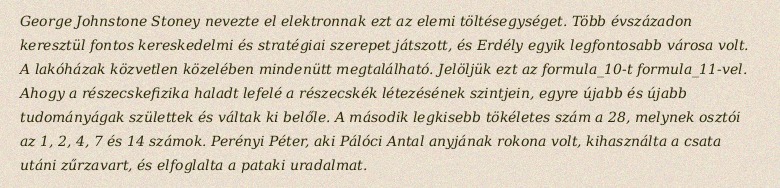
George Johnstone Stoney nevezte el elektronnak ezt az elemi töltésegységet. Több évszázadon keresztül fontos kereskedelmi és stratégiai szerepet játszott, és Erdély egyik legfontosabb városa volt. A lakóházak közvetlen közelében mindenütt megtalálható. Jelöljük ezt az formula_10-t formula_11-vel. Ahogy a részecskefizika haladt lefelé a részecskék létezésének szintjein, egyre újabb és újabb tudományágak születtek és váltak ki belőle. A második legkisebb tökéletes szám a 28, melynek osztói az 1, 2, 4, 7 és 14 számok. Perényi Péter, aki Pálóci Antal anyjának rokona volt, kihasználta a csata utáni zűrzavart, és elfoglalta a pataki uradalmat.